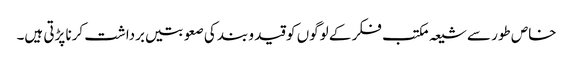
خاص طور سے شیعہ مکتب فکر کے لوگوں کو قید و بند کی صعوبتیں برداشت کرنا پڑتی ہیں۔